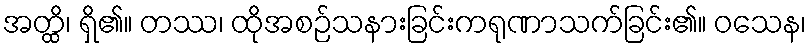
အတ္ထိ၊ ရှိ၏။ တဿ၊ ထိုအစဉ်သနားခြင်းကရုဏာသက်ခြင်း၏။ ဝသေန၊